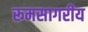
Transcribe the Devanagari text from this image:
रूमसागरीय